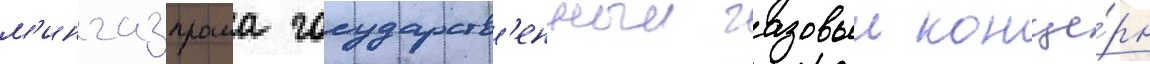
м'ингазпрома государств'енныи газовыи конце́рн